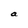
Character: a